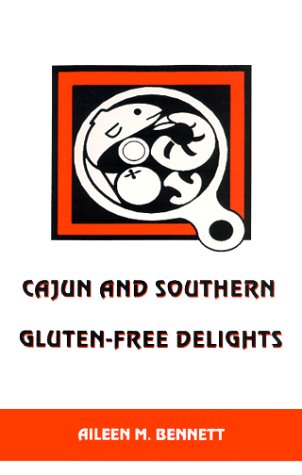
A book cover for Cajun and Southern Gluten-Free Delights; Aileen M. Bennett; Health, Fitness & Dieting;